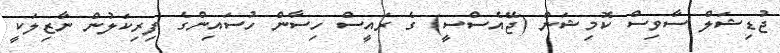
ޖުޑިޝަލް ސާވިސް ކޮމިޝަން (ޖޭއެސްސީ) ގެ ރައީސް ހިސާން ހުސައިންގެ ފިރިކަލުން ނާޒިލަކީ